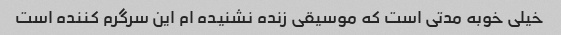
خیلی خوبه مدتی است که موسیقی زنده نشنیده ام این سرگرم کننده است